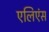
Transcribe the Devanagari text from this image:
एलिएंस